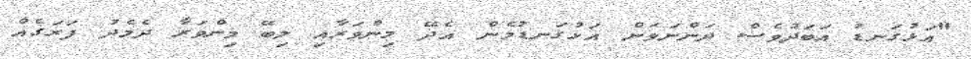
"އަޅުގަނޑު އަބަދުވެސް ދަންނަވަން އަޅުގަނޑުމެން އެދޭ މިންވަރާއި ލިބޭ މިންވަރާ ދެމެދު ފަރަގެއް